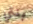
بنتي